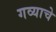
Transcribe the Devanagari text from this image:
गव्याचे